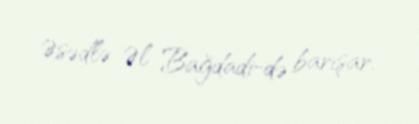
Əsədlə Əl Bağdadi-də barışar.